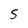
Character: 5